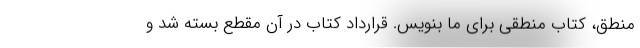
منطق، کتاب منطقی برای ما بنویس. قرارداد کتاب در آن مقطع بسته شد و